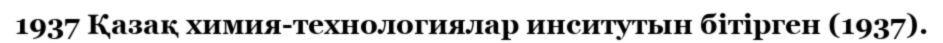
1937 Қазақ химия-технологиялар инситутын бітірген (1937).